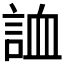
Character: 𧧓